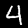
Label: 4